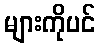
များကိုပင်